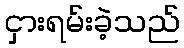
ငှားရမ်းခဲ့သည်